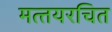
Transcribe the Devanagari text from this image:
मत्‍तयरचित